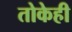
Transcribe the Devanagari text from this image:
तोकेही